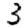
Digit: 3